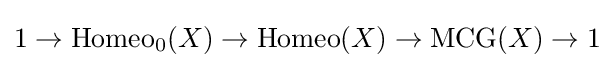
1\rightarrow {\rm {Homeo}}_{0}(X)\rightarrow {\rm {Homeo}}(X)\rightarrow {\rm {MCG}}(X)\rightarrow 1